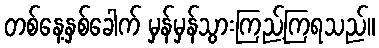
တစ်နေ့နှစ်ခေါက် မှန်မှန်သွားကြည့်ကြရသည်။